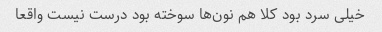
خیلی سرد بود کلا هم نون‌ها سوخته بود درست نیست واقعا